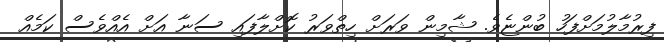
ފިރުމާލުމަށްފަހު ބުންޏެވެ. ޝާމިން ވަރަށް ހިތްވަރު ކޮށްލާފައި ސަނާ އަށް އެއްވެސް ކަމެއް